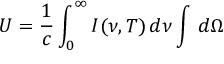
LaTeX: U = { \frac { 1 } { c } } \int _ { 0 } ^ { \infty } I ( \nu , T ) \, d \nu \int \, d \Omega